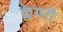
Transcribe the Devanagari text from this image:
क्लेयरी